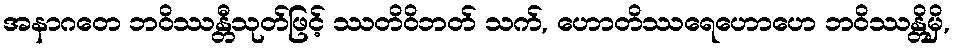
အနာဂတေ ဘဝိဿန္တီသုတ်ဖြင့် ဿတိဝိဘတ် သက်, ဟောတိဿရေဟောဟေ ဘဝိဿန္တိမှိ,